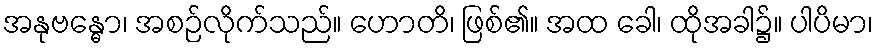
အနုဗန္ဓော၊ အစဉ်လိုက်သည်။ ဟောတိ၊ ဖြစ်၏။ အထ ခေါ၊ ထိုအခါ၌။ ပါပိမာ၊